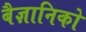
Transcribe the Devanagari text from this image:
बैज्ञानिको